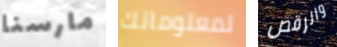
مارسنا لمعلوماتك والرقص